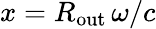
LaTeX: x=R_{\mathrm{out}}\, \omega/c